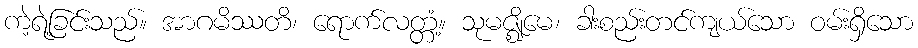
ကဲ့ရဲ့ခြင်းသည်။ အာဂမိဿတိ၊ ရောက်လတ္တံ့။ သုမဇ္ဈိမေ၊ ခါးစည်းတင်ကျယ်သော ဝမ်းရှိသော